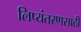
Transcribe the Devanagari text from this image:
लिप्यंतरणसाठी